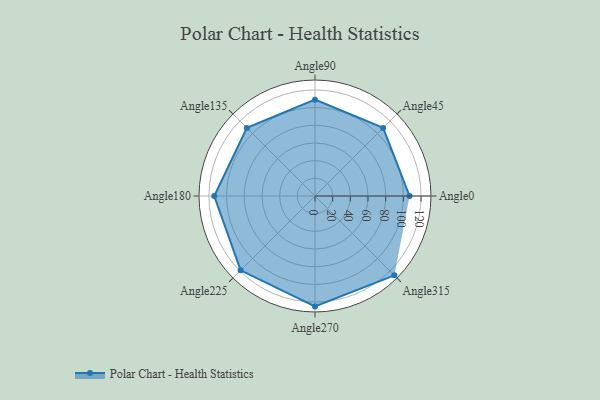
{"axis": {"x": "Angle", "y": "Radius"}, "legend": [""], "data": [{"x": "Angle0", "y": 107.0, "type": ""}, {"x": "Angle45", "y": 109.0, "type": ""}, {"x": "Angle90", "y": 109.0, "type": ""}, {"x": "Angle135", "y": 109.0, "type": ""}, {"x": "Angle180", "y": 114.0, "type": ""}, {"x": "Angle225", "y": 119.0, "type": ""}, {"x": "Angle270", "y": 125.0, "type": ""}, {"x": "Angle315", "y": 127.0, "type": ""}]}